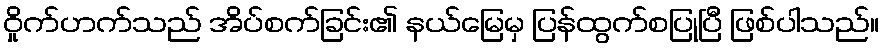
ဝှိုက်ဟက်သည် အိပ်စက်ခြင်း၏ နယ်မြေမှ ပြန်ထွက်စပြုပြီ ဖြစ်ပါသည်။